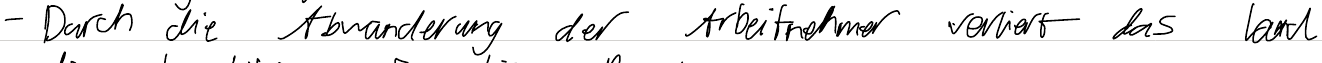
- Durch die Abwanderung der Arbeitnehmer verliert das Land